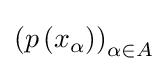
{\textstyle \left(p\left(x_{\alpha }\right)\right)_{\alpha \in A}}